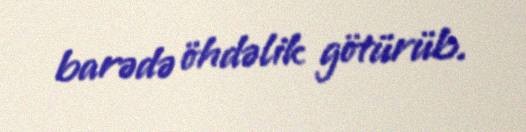
barədə öhdəlik götürüb.